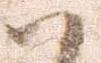
ハ